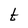
Character: t